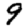
Digit: 9